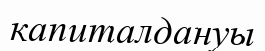
капиталдануы